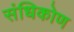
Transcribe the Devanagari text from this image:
संधिकोण